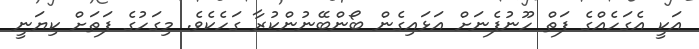
އަކީ އެގަހެއްގެ ފަތް ހޫނުފެނަށް އަޅައިގެން ބޯންބޭނުންކުރާ ގަހެކެވެ. މިގަހުގެ ފަތަށް ކިޔަނީ